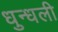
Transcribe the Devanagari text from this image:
धुन्धली